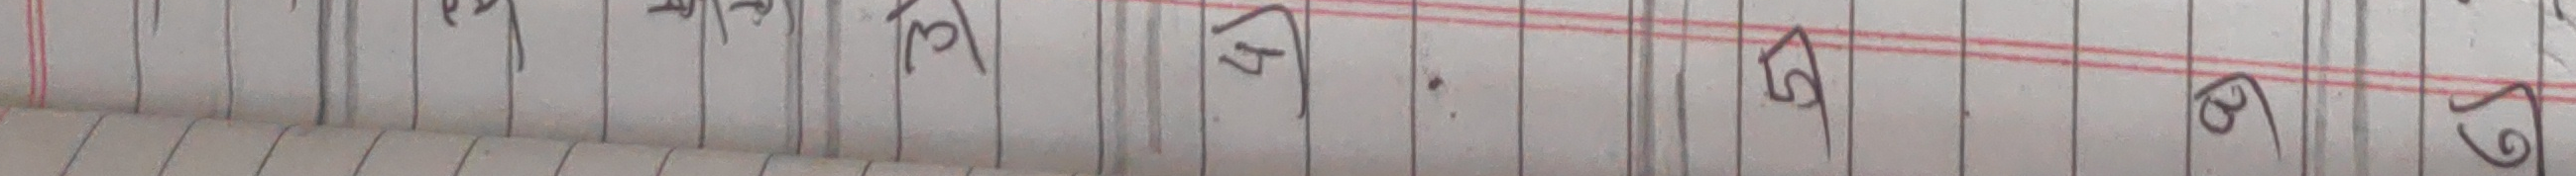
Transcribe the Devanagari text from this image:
३।
४
5
ढ